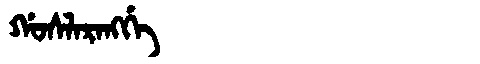
Manchu: ᡤᠣᠰᠯᠠᡵᠠᠩᡤᡝ
Romanization: GOSLARANGGE